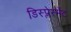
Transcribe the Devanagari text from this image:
डिस्प्लेस्मेंट